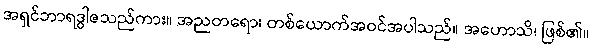
အရှင်ဘာရဒွါဇသည်ကား။ အညတရော၊ တစ်ယောက်အဝင်အပါသည်။ အဟောသိ၊ ဖြစ်၏။